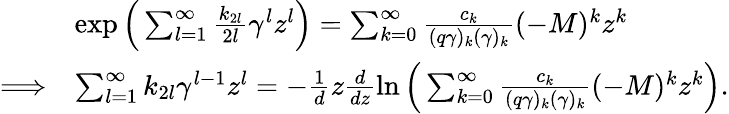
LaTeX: \begin{array}{rl}&{\exp\Big(\sum_{l=1}^{\infty}\frac{k_{2l}}{2l}\gamma^{l}z^{l}\Big)=\sum_{k=0}^{\infty}\frac{c_{k}}{(q\gamma)_{k}(\gamma)_{k}}(-M)^{k}z^{k}}\\ {\Longrightarrow}&{\sum_{l=1}^{\infty}k_{2l}\gamma^{l-1}z^{l}=-\frac{1}{d}z\frac{d}{dz}\ln\Big(\sum_{k=0}^{\infty}\frac{c_{k}}{(q\gamma)_{k}(\gamma)_{k}}(-M)^{k}z^{k}\Big).}\end{array}